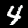
Digit: 4